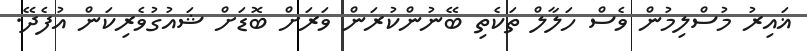
ޣައިރު މުސްލިމުން ވެސް ހަލާލް ތަކެތި ބޭނުންކުރަން ވަރަށް ބޮޑަށް ޝައުގުވެރިކަން އުފެދޭ.